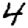
Digit: 4